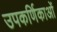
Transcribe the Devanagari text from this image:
उपकर्णिकाओं